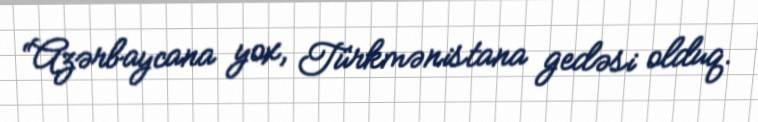
“Azərbaycana yox, Türkmənistana gedəsi olduq.